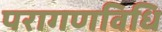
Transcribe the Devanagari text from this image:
परागणविधि